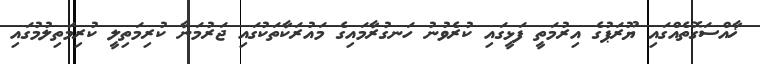
ޚާއްސަގޮތެއްގައި ޔޫރަޕުގެ އިރުމަތީ ފަޅީގައި ކުރެވުނު ހަނގުރާމައިގެ މައުރަކާތަކުގައި ޖަރުމަނާ ކުރިމަތިލީ ކުރިމަތިލުމުގައި